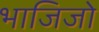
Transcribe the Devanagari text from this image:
भाजिजो